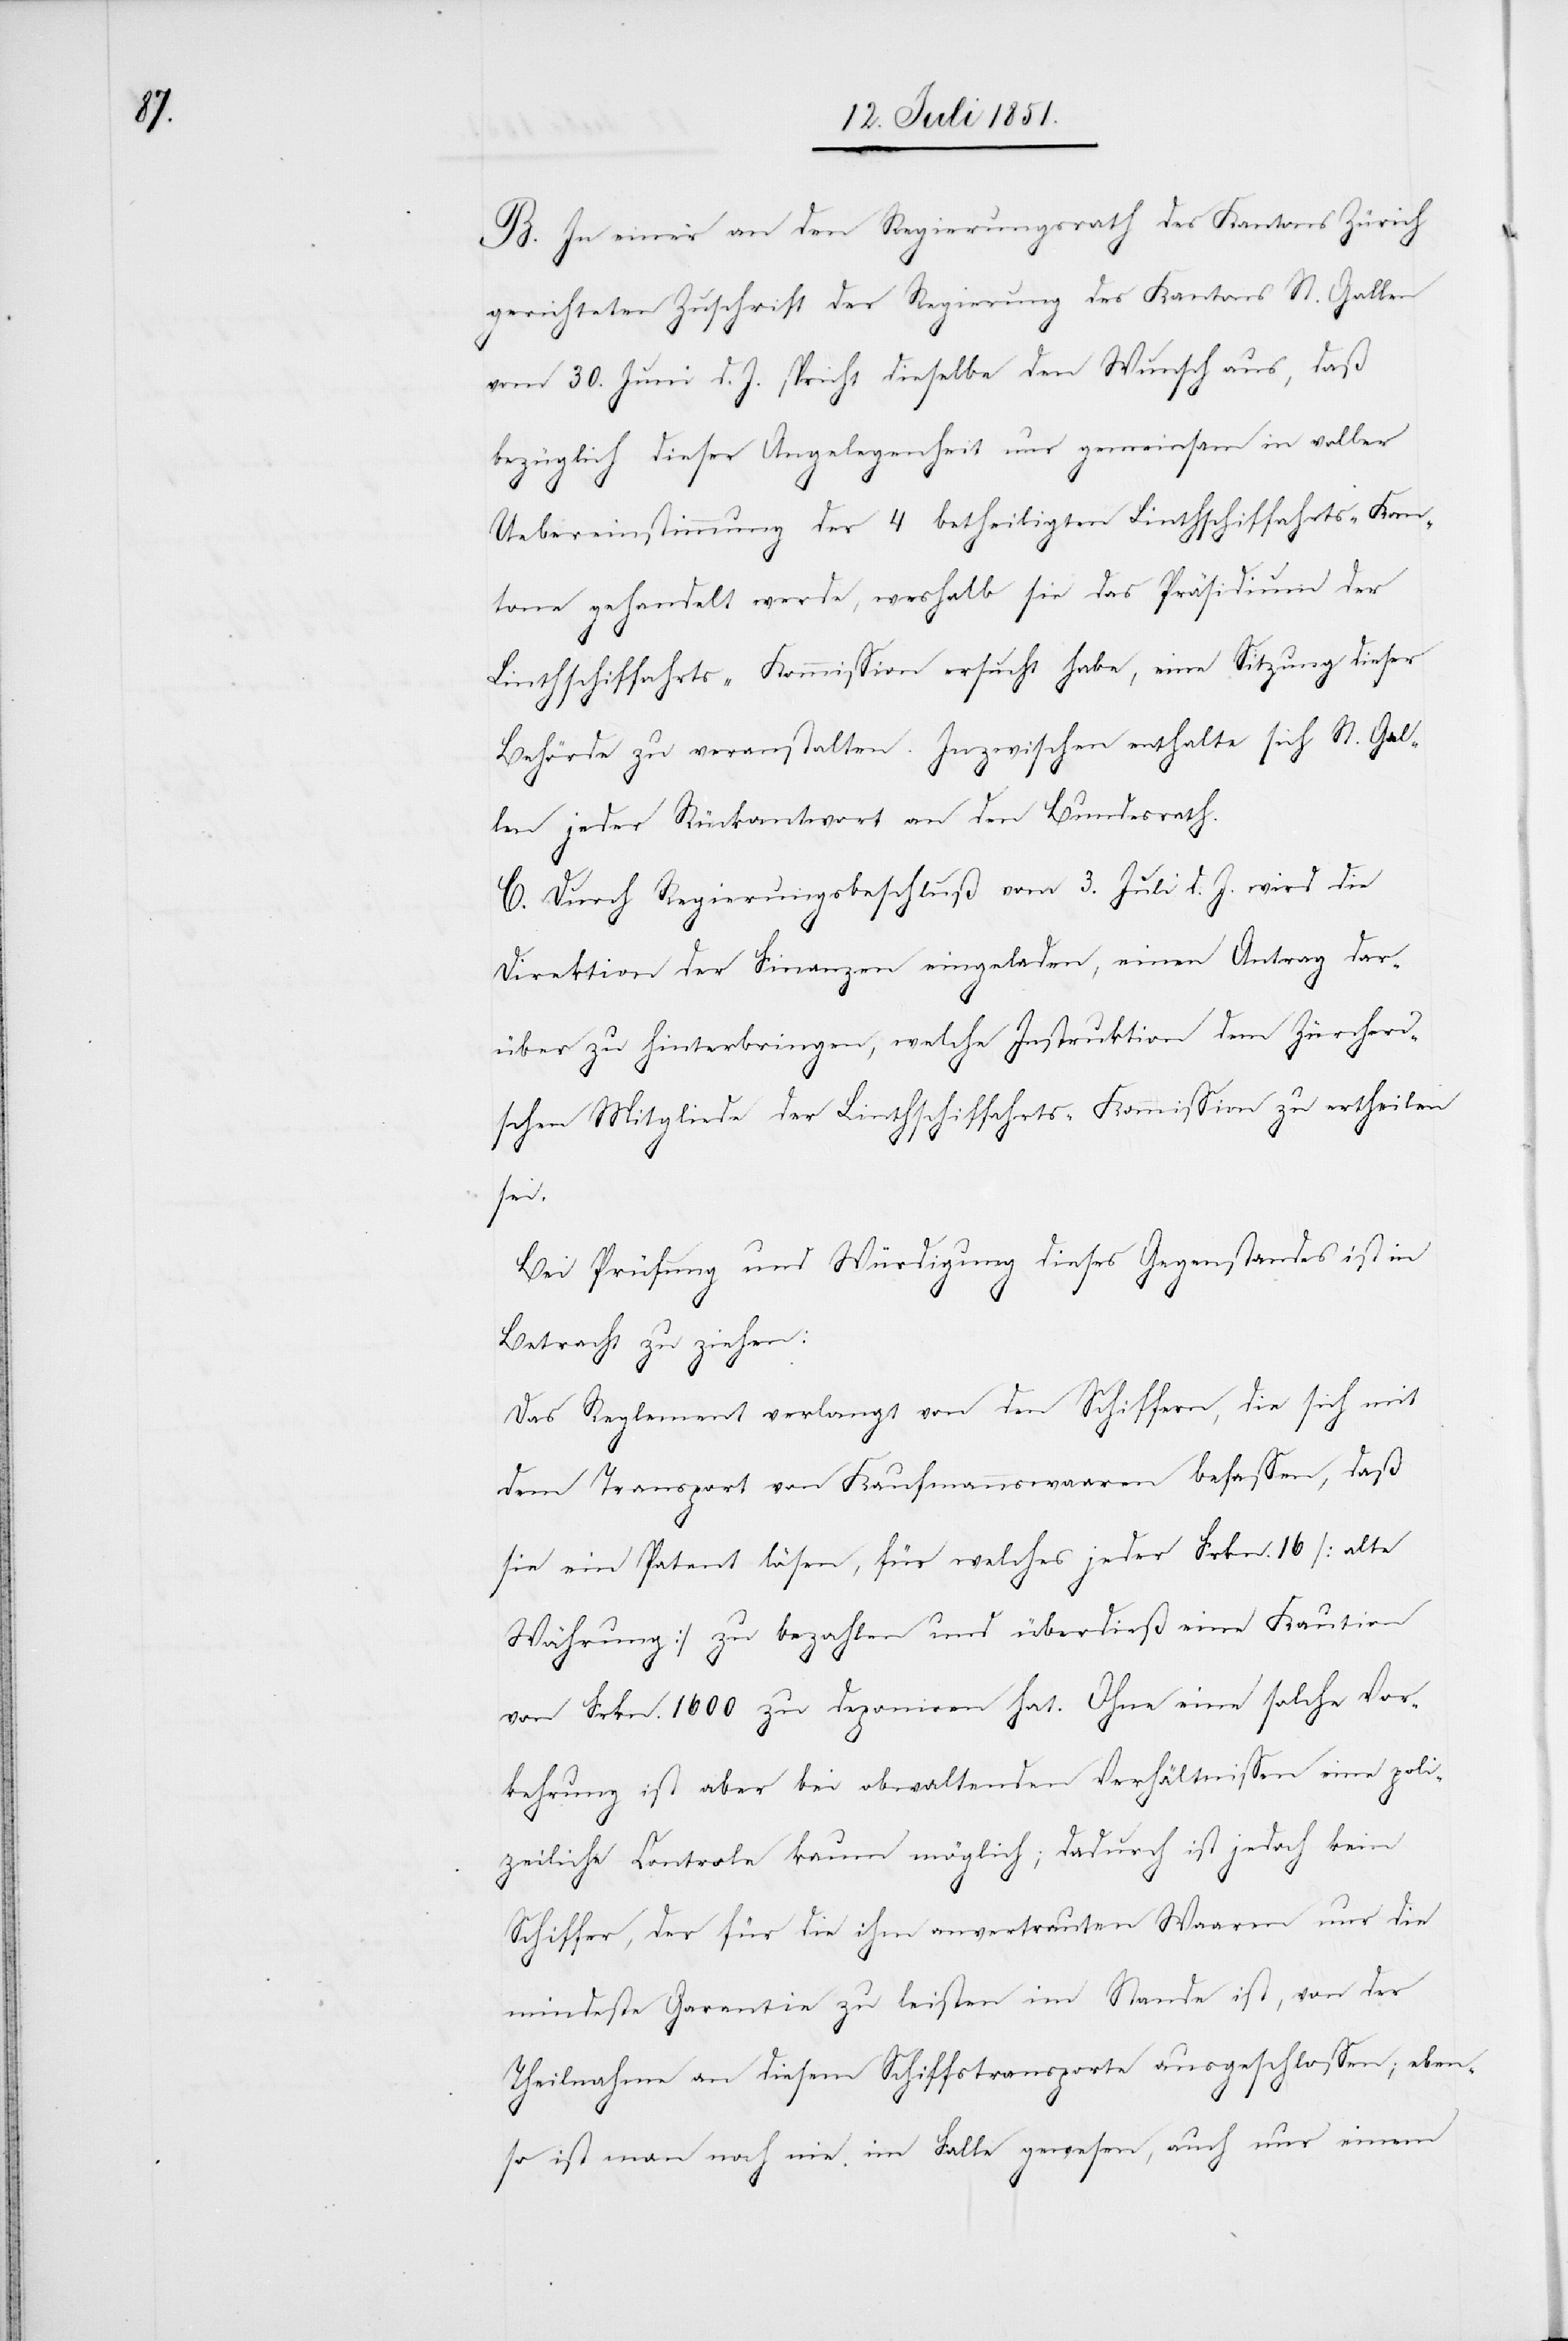
B. In einer an den Regierungsrath des Kantons Zürich
gerichteten Zuschrift der Regierung des Kantons St. Gallen
vom 30. Juni d. J. spricht dieselbe den Wunsch aus, daß
bezüglich dieser Angelegenheit nur gemeinsam in voller
Uebereinstimmung der 4 betheiligten Linthschiffahrts-Kan¬
tone gehandelt werde, weshalb sie das Präsidium der
Linthschiffahrts-Kommission ersucht habe, eine Sitzung dieser
Behörde zu veranstalten. Inzwischen enthalte sich St. Gal¬
len jeder Rückantwort an den Bundesrath.
C. Durch Regierungsbeschluß vom 3. Juli d. J. wird die
Direktion der Finanzen eingeladen, einen Antrag dar¬
über zu hinterbringen, welche Instruktion dem Zürcheri¬
schen Mitgliede der Linthschiffahrts-Kommission zu ertheilen
sei.
Bei Prüfung und Würdigung dieses Gegenstandes ist in
Betracht zu ziehen:
Das Reglement verlangt von den Schiffern, die sich mit
dem Transport von Kaufmannswaaren befassen, daß
sie ein Patent lösen, für welches jeder Frkn. 16 [alte
Währung] zu bezahlen und überdieß eine Kaution
von Frkn. 1600 zu deponiren hat. Ohne eine solche Vor¬
kehrung ist aber bei obwaltenden Verhältnissen eine poli¬
zeiliche Controle kaum möglich; dadurch ist jedoch kein
Schiffer, der für die ihm anvertrauten Waaren nur die
mindeste Garantie zu leisten im Stande ist, von der
Theilnahme an diesem Schiffstransporte ausgeschlossen; eben¬
so ist man noch nie im Falle gewesen, auch nur einem